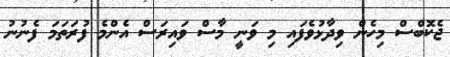
ޖެކޮބްސް މިހެން ވިދާޅުވެފައި މި ވަނީ މާސް ވައިރަސް އެންމެ ފުރަތަމަ ފެނުނު